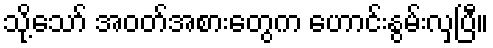
သို့သော် အဝတ်အစားတွေက ဟောင်းနွမ်းလှပြီ။